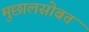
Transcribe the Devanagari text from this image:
मुछालसोबत